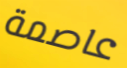
عاصمة